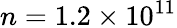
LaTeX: n=1.2\times 10^{11}